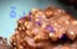
معتادة